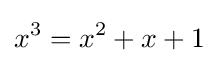
x^{3}=x^{2}+x+1